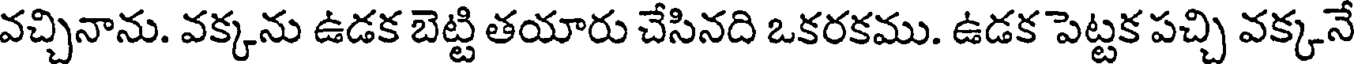
వచ్చినాను. వక్కను ఉడక బెట్టి తయారు చేసినది ఒకరకము. ఉడక పెట్టక పచ్చి వక్కనే